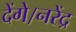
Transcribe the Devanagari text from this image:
देंगे।नरेंद्र